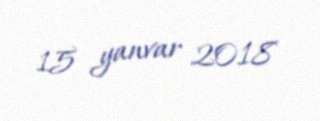
15 yanvar 2018